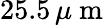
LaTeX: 25.5\, \mu\mathrm{~m~}